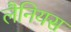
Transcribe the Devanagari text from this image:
लैनियस